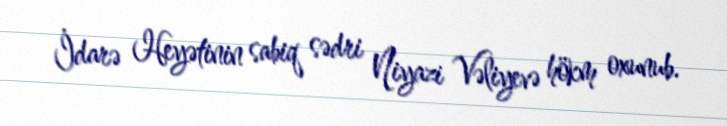
İdarə Heyətinin sabiq sədri Niyazi Vəliyevə hökm oxunub.